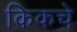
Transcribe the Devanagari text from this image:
किकचे